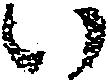
い